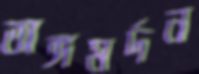
অঙ্গমর্দন